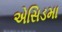
એસિડમા